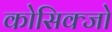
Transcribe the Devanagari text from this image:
कोसिक्जो